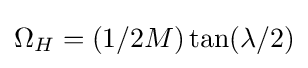
\Omega _{H}=(1/2M)\tan(\lambda /2)